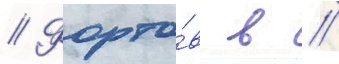
// Форто́в в //